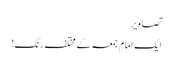
تصاویر
ایک امام جمعہ کے مختلف رنگ!